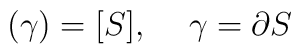
(\gamma)=[S],\hspace{5mm}\gamma=\partial S